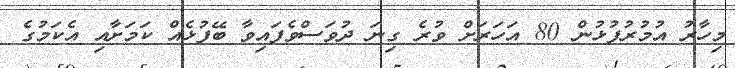
މިހާރު އުމުރުފުޅުން 80 އަހަރަށް ވުރެ ގިނަ ދުވަސްވެފައިވާ ބޭފުޅެއް ކަމަށާއި އެކަމުގެ